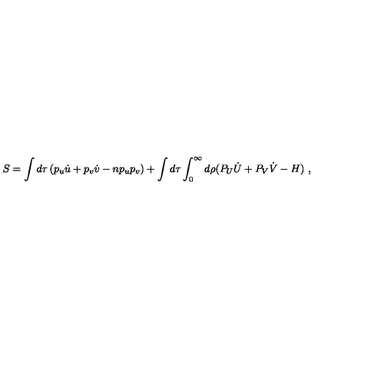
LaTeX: S = \int d \tau \left( p _ { u } \dot { u } + p _ { v } \dot { v } - n p _ { u } p _ { v } \right) + \int d \tau \int _ { 0 } ^ { \infty } d \rho ( P _ { U } \dot { U } + P _ { V } \dot { V } - H ) \ ,